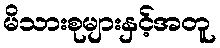
မိသားစုများနှင့်အတူ